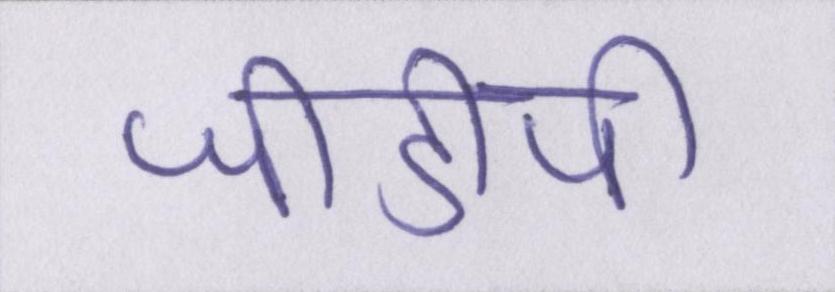
जीडीपी